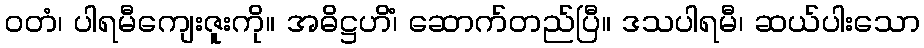
ဝတံ၊ ပါရမီကျေးဇူးကို။ အဓိဋ္ဌဟိံ၊ ဆောက်တည်ပြီ။ ဒသပါရမီ၊ ဆယ်ပါးသော